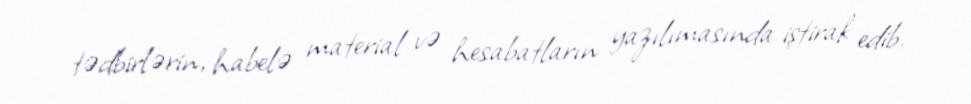
tədbirlərin, habelə material və hesabatların yazılımasında iştirak edib.